Lunatic asylums United Provinces 1909-1921 - 1909-1921
Year: 1909
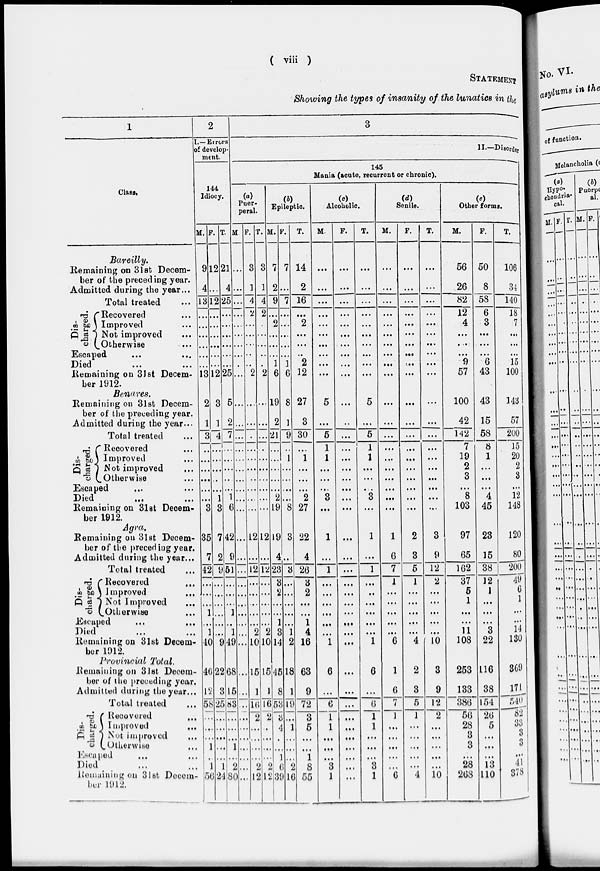
( viii )
STATEMENT
Showing the types of insanity of the lunatics in the
1
Class.
Bareilly.
Remaining on 31st Decem-
ber of the preceding year.
Admitted during the year...
Total treated ...
Dis-
charged.
Recovered ...
Improved ...
Not Improved ...
Otherwise ...
Escaped ... ...
Died ... ...
Remaining on 31st Decem-
ber 1912.
Benares.
Remaining on 31st Decem-
ber of the preceding year.
-Admitted during the year...
Total treated ...
Dis-
charged.
Recovered ...
Improved ...
Not Improved ...
Otherwise ...
Escaped ... ...
Died ... ...
Remaining on 31st Decem-
ber 1912.
Agra.
Remaining on 3lst Decem-
ber of the preceding year.
Admitted during the year...
Total treated ...
! Dis-
charged.
Recovered
...
Improved ...
Not Improved
...
Otherwise ...
Escaped ...
Died ...
Remaining on 31st Decem-
ber 1912 ...
Provincial Total.
Remaining on 31st Decem-
ber of the preceding year.
Admitted during the year...
Total treated ...
Dis-
charged.
Recovered ...
Improved ...
Not improved ...
Otherwise ...
Escaped ... ...
Died ... ...
Remaining on 31st Decem-
ber 1912.
2
I.— Errors
of develop-
ment.
144
Idiocy.
M.
9
4
13
...
...
...
...
...
...
13
2
1
3
...
...
...
...
...
...
3
35
7
42
...
...
...
1
...
1
40
46
12
58
...
...
...
1
...
1
56
F.
12
...
12
...
...
...
...
...
...
12
3
1
4
...
...
...
...
...
1
3
7
2
9
...
...
...
...
...
...
9
22
3
25
...
...
...
...
...
1
24
T.
21
4
25
...
...
...
...
...
...
25
5
2
7
...
...
...
...
1
6
42
9
51
...
...
...
1
...
1
49
68
15
83
...
...
...
1
...
2
80
3
II.—Disorder
145
Mania (acute, recurrent or chronic).
(a)
Puer-
peral.
M.
...
...
...
...
...
...
...
...
...
...
...
...
...
...
...
...
...
...
...
...
...
...
...
...
...
...
...
...
...
...
...
...
...
...
...
...
...
...
...
...
F.
3
1
4
2
...
...
...
...
...
2
...
...
...
...
...
...
...
...
...
...
12
...
12
...
...
...
...
...
2
10
15
1
16
2
...
...
...
...
2
12
T.
3
1
4
2
...
...
...
...
...
2
...
...
...
...
...
...
...
...
...
...
12
...
12
...
...
...
...
...
2
10
15
1
16
2
...
...
...
...
2
12
(b)
Epileptic.
M.
7
2
9
...
2
...
...
...
1
6
19
2
21
...
...
...
...
...
2
19
19
4
23
3
2
...
...
1
3
14
45
8
53
3
4
...
...
1
6
39
F.
7
...
7
...
...
...
...
...
1
6
8
1
9
...
1
...
...
...
...
8
3
...
3
...
...
...
...
...
1
2
18
1
19
...
1
...
...
...
2
16
T.
14
2
16
...
2
...
...
...
2
12
27
3
30
...
1
...
...
...
2
27
22
4
26
3
2
...
...
1
4
16
63
9
72
3
5
...
...
1
8
55
(c)
Alcoholic.
M.
...
...
...
...
...
...
...
...
...
...
5
...
5
1
1
...
...
...
3
...
1
...
1
...
...
...
...
...
...
1
6
...
6
1
1
...
...
...
3
1
F.
...
...
...
...
...
...
...
...
...
...
...
...
...
...
...
...
...
...
...
...
...
...
...
...
...
...
...
...
...
...
...
...
...
...
...
...
...
...
...
T.
...
...
...
...
...
...
...
...
...
...
5
...
5
1
1
...
...
...
3
...
1
...
1
...
..
...
...
...
...
1
6
...
0
1
1
...
...
...
3
1
(d)
Senile.
M.
...
...
...
...
...
...
...
...
...
...
...
...
...
...
...
...
...
...
...
...
1
6
7
1
...
...
...
...
...
6
1
6
7
1
...
...
...
...
...
6
F.
...
...
...
...
...
...
...
...
...
...
...
...
...
...
...
...
...
...
...
2
3
5
1
...
...
...
...
...
4
2
3
5
1
...
...
...
...
...
4
T.
...
...
...
...
...
...
...
...
...
...
...
...
...
...
...
...
...
...
...
...
3
9
12
2
...
...
...
...
...
10
3
9
12
2
...
...
...
...
...
10
Other forms.
M.
56
26
82
12
4
...
...
...
9
57
100
42
142
7
19
2
3
...
8
103
97
65
162
37
5
1
...
...
11
108
253
133
386
56
28
3
3
...
28
268
F.
50
8
58
6
3
...
...
...
6
43
43
15
58
8
1
...
...
...
4
45
23
15
38
12
1
...
...
...
3
22
116
38
154
20
5
...
...
...
13
110
T.
106
34
140
18
7
...
...
...
15
100
143
57
200
15
20
2
3
...
12
148
120
80
200
49
6
1
...
...
14
130
369
171
540
82
33
3
3
...
41
378